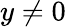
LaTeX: y\neq 0